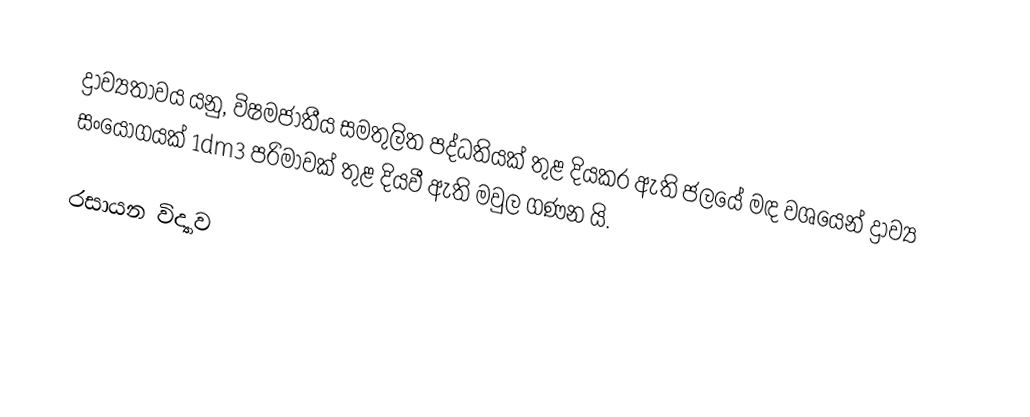
ද්‍රාව්‍යතාවය යනු, විෂමජාතීය සමතුලිත පද්ධතියක් තුළ දියකර ඇති ජලයේ මඳ වශයෙන් ද්‍රාව්‍ය සංයෝගයක් 1dm3 පරිමාවක් තුළ දියවී ඇති මවුල ගණන යි.

රසායන විද්‍යාව